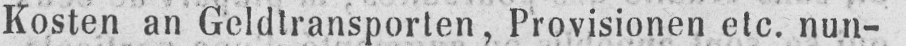
Kosten an Geldtransporten, Provisionen etc. nun-